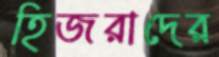
হিজরাদের